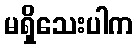
မရှိသေးပါက